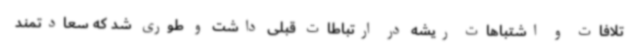
تلافات و اشتباهات ریشه در ارتباطات قبلی داشت و طوری شد که سعادتمند